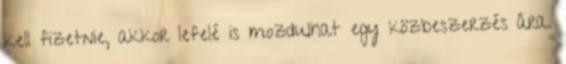
kell fizetnie, akkor lefelé is mozdulhat egy közbeszerzés ára.